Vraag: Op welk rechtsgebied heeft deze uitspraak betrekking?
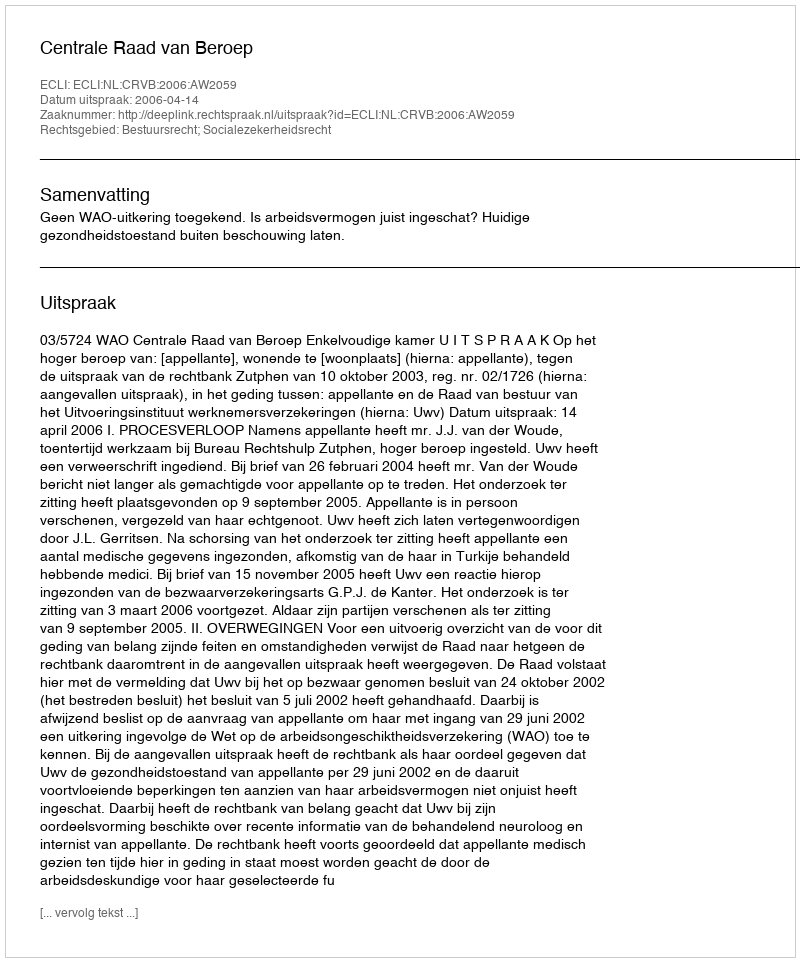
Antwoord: Bestuursrecht; Socialezekerheidsrecht